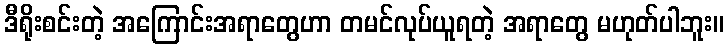
ဒီရိုးစင်းတဲ့ အကြောင်းအရာတွေဟာ တမင်လုပ်ယူရတဲ့ အရာတွေ မဟုတ်ပါဘူး။